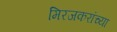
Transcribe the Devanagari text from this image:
मिरजकरांच्या